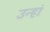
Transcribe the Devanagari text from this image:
उन्हां